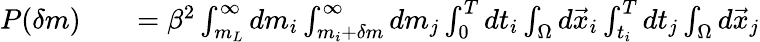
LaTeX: \begin{array}{rlr}{P(\delta m)}&{{}}&{=\beta^{2}\int_{m_{L}}^{\infty}dm_{i}\int_{m_{i}+\delta m}^{\infty}dm_{j}\int_{0}^{T}dt_{i}\int_{\Omega}d\vec{x}_{i}\int_{t_{i}}^{T}dt_{j}\int_{\Omega}d\vec{x}_{j}}\end{array}